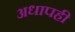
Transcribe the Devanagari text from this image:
अधापही